Vaccination in Bombay 1869-1873 - 1869-1873
Year: 1869
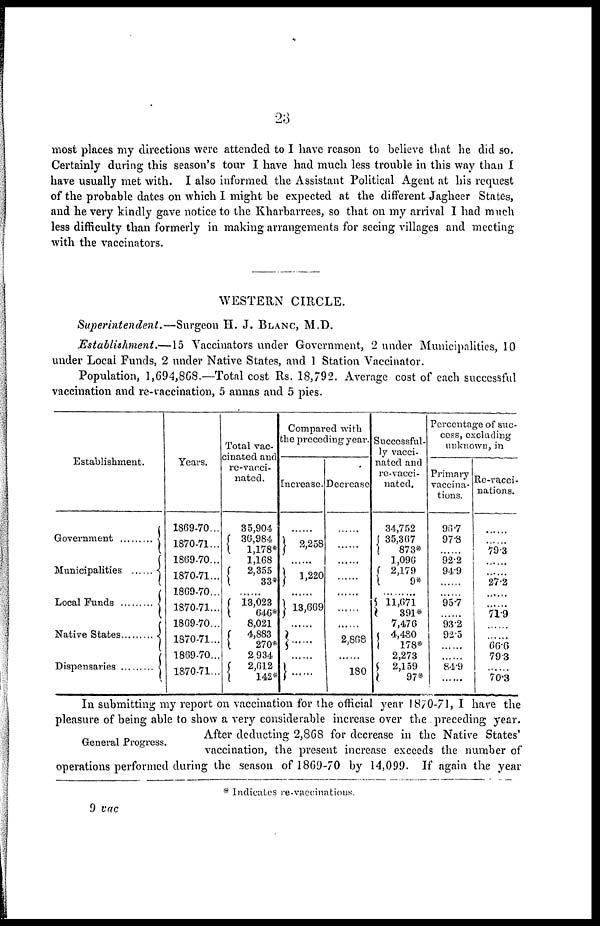
23
most places my directions were attended to I have reason to believe that he did so.
Certainly during this season's tour I have had much less trouble in this way than I
have usually met with. I also informed the Assistant Political Agent at his request
of the probable dates on which I might be expected at the different Jagheer States,
and he very kindly gave notice to the Kharbarrees, so that on my arrival I had much
less difficulty than formerly in making arrangements for seeing villages and meeting
with the vaccinators.
WESTERN CIRCLE.
Superintendent.—Surgeon
H. J. BLANC, M.D.
Establishment.—15
Vaccinators under Government, 2 under Municipalities, 10
under Local Funds, 2 under Native States, and 1 Station Vaccinator.
Population, 1,694,868.—Total cost Rs. 18,792. Average cost of each successful
vaccination and re-vaccination, 5 annas and 5 pies.
Establishment.
Government .............
Municipalities .......
Local Funds .......
Native States ........
Dispensaries ..........
Years.
1869-70...
1870-71...
1869-70...
1870-71...
1869-70...
1870-71...
1869-70...
1870-71...
1869-70...
1870-71...
Total vac-
cinated and
re-vacci-
nated.
35,904
36,984
1,178*
1,168
2,355
33*
......
13,023
646*
8,021
4,883
270*
2,934
2,612
142*
Compared with
the preceding year.
Increase.
......
2,258
......
1,220
......
13,669
......
......
......
Decrease
......
......
......
......
......
......
......
......
......
......
......
2,868
......
...... 180
Successful-
ly vacci-
nated and
re-vacci-
nated.
34,752
35,367
873*
1,096
2,179
9*
......
11,671
391*
7,476
4,450
178*
2,273
2,159
97*
Percentage of suc-
cess, excluding
unknown, in
Primary
vaccina-
tions.
96.7
97.8
......
92.2
94.9
......
......
95.7
......
93.2
92.5
......
......
84.9
......
Re-vacci-
nations.
......
......
79.3
......
......
27.2
......
......
71.9
......
......
66.6
79.3
......
70.3
General Progress.
In submitting my report on vaccination for the official year 1870-71, I have the
pleasure of being able to show a very considerable increase over the preceding year.
After deducting 2,868 for decrease in the Native States'
vaccination, the present increase exceeds the number of
operations performed during the season of 1869-70 by 14,099. If again the year
* Indicates re-vaccinations.
9 vac